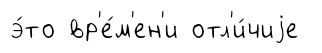
э́то вр'е́м'ен'и отл'и́чиjе